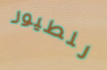
للطيور